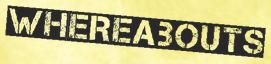
WHEREABOUTS